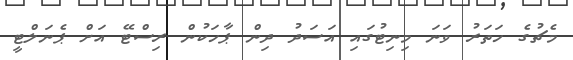
މެޗުގެ ހަތަރު ވަނަ މިނިޓުގައި އަސަދު ދިން ޕާހަކުން ރިސްޓޭ އަށް ޕެނަލްޓީ